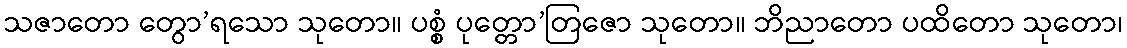
သဇာတော တွော’ရသော သုတော။ ပစ္စံ ပုတ္တော’တြဇော သုတော။ ဘိညာတော ပထိတော သုတော၊